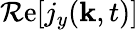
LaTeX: \operatorname{\mathcal{R}e}[j_{y}(\mathbf{k},t)]